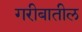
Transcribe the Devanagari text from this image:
गरीबातील